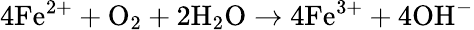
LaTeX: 4\mathrm{Fe}^{2+}+\mathrm{O}_{2}+2\mathrm{H}_{2}\mathrm{O}\rightarrow 4\mathrm{Fe}^{3+}+4\mathrm{OH}^{-}